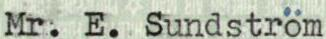
Mr. E. Sundström